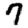
Digit: 7